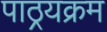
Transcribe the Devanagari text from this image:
पाठ्रयक्रम